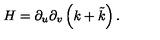
H = \partial _ { u } \partial _ { v } \left( k + \tilde { k } \right) .